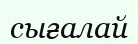
сығалай